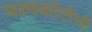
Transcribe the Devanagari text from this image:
परमकोटीची